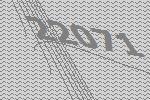
22071